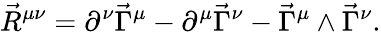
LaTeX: \vec{R}^{\mu\nu}=\partial^{\nu}\vec{\Gamma}^{\mu}-\partial^{\mu}\vec{\Gamma}^{\nu}-\vec{\Gamma}^{\mu}\wedge\vec{\Gamma}^{\nu}.